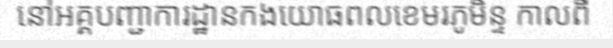
នៅអគ្គបញ្ជាការដ្ឋានកងយោធពលខេមរភូមិន្ទ កាលពី